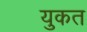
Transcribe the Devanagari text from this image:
युकत